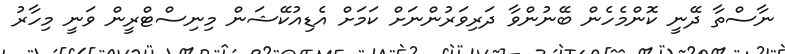
ނާސްތާ ދޭނީ ކޮންމެހެން ބޭނުންވާ ދަރިވަރުންނަށް ކަމަށް އެޑިއުކޭޝަން މިނިސްޓްރީން ވަނީ މިހާރު